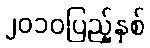
၂၀၁၀ပြည့်နှစ်